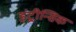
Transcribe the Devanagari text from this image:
इंट्रीन्सिक